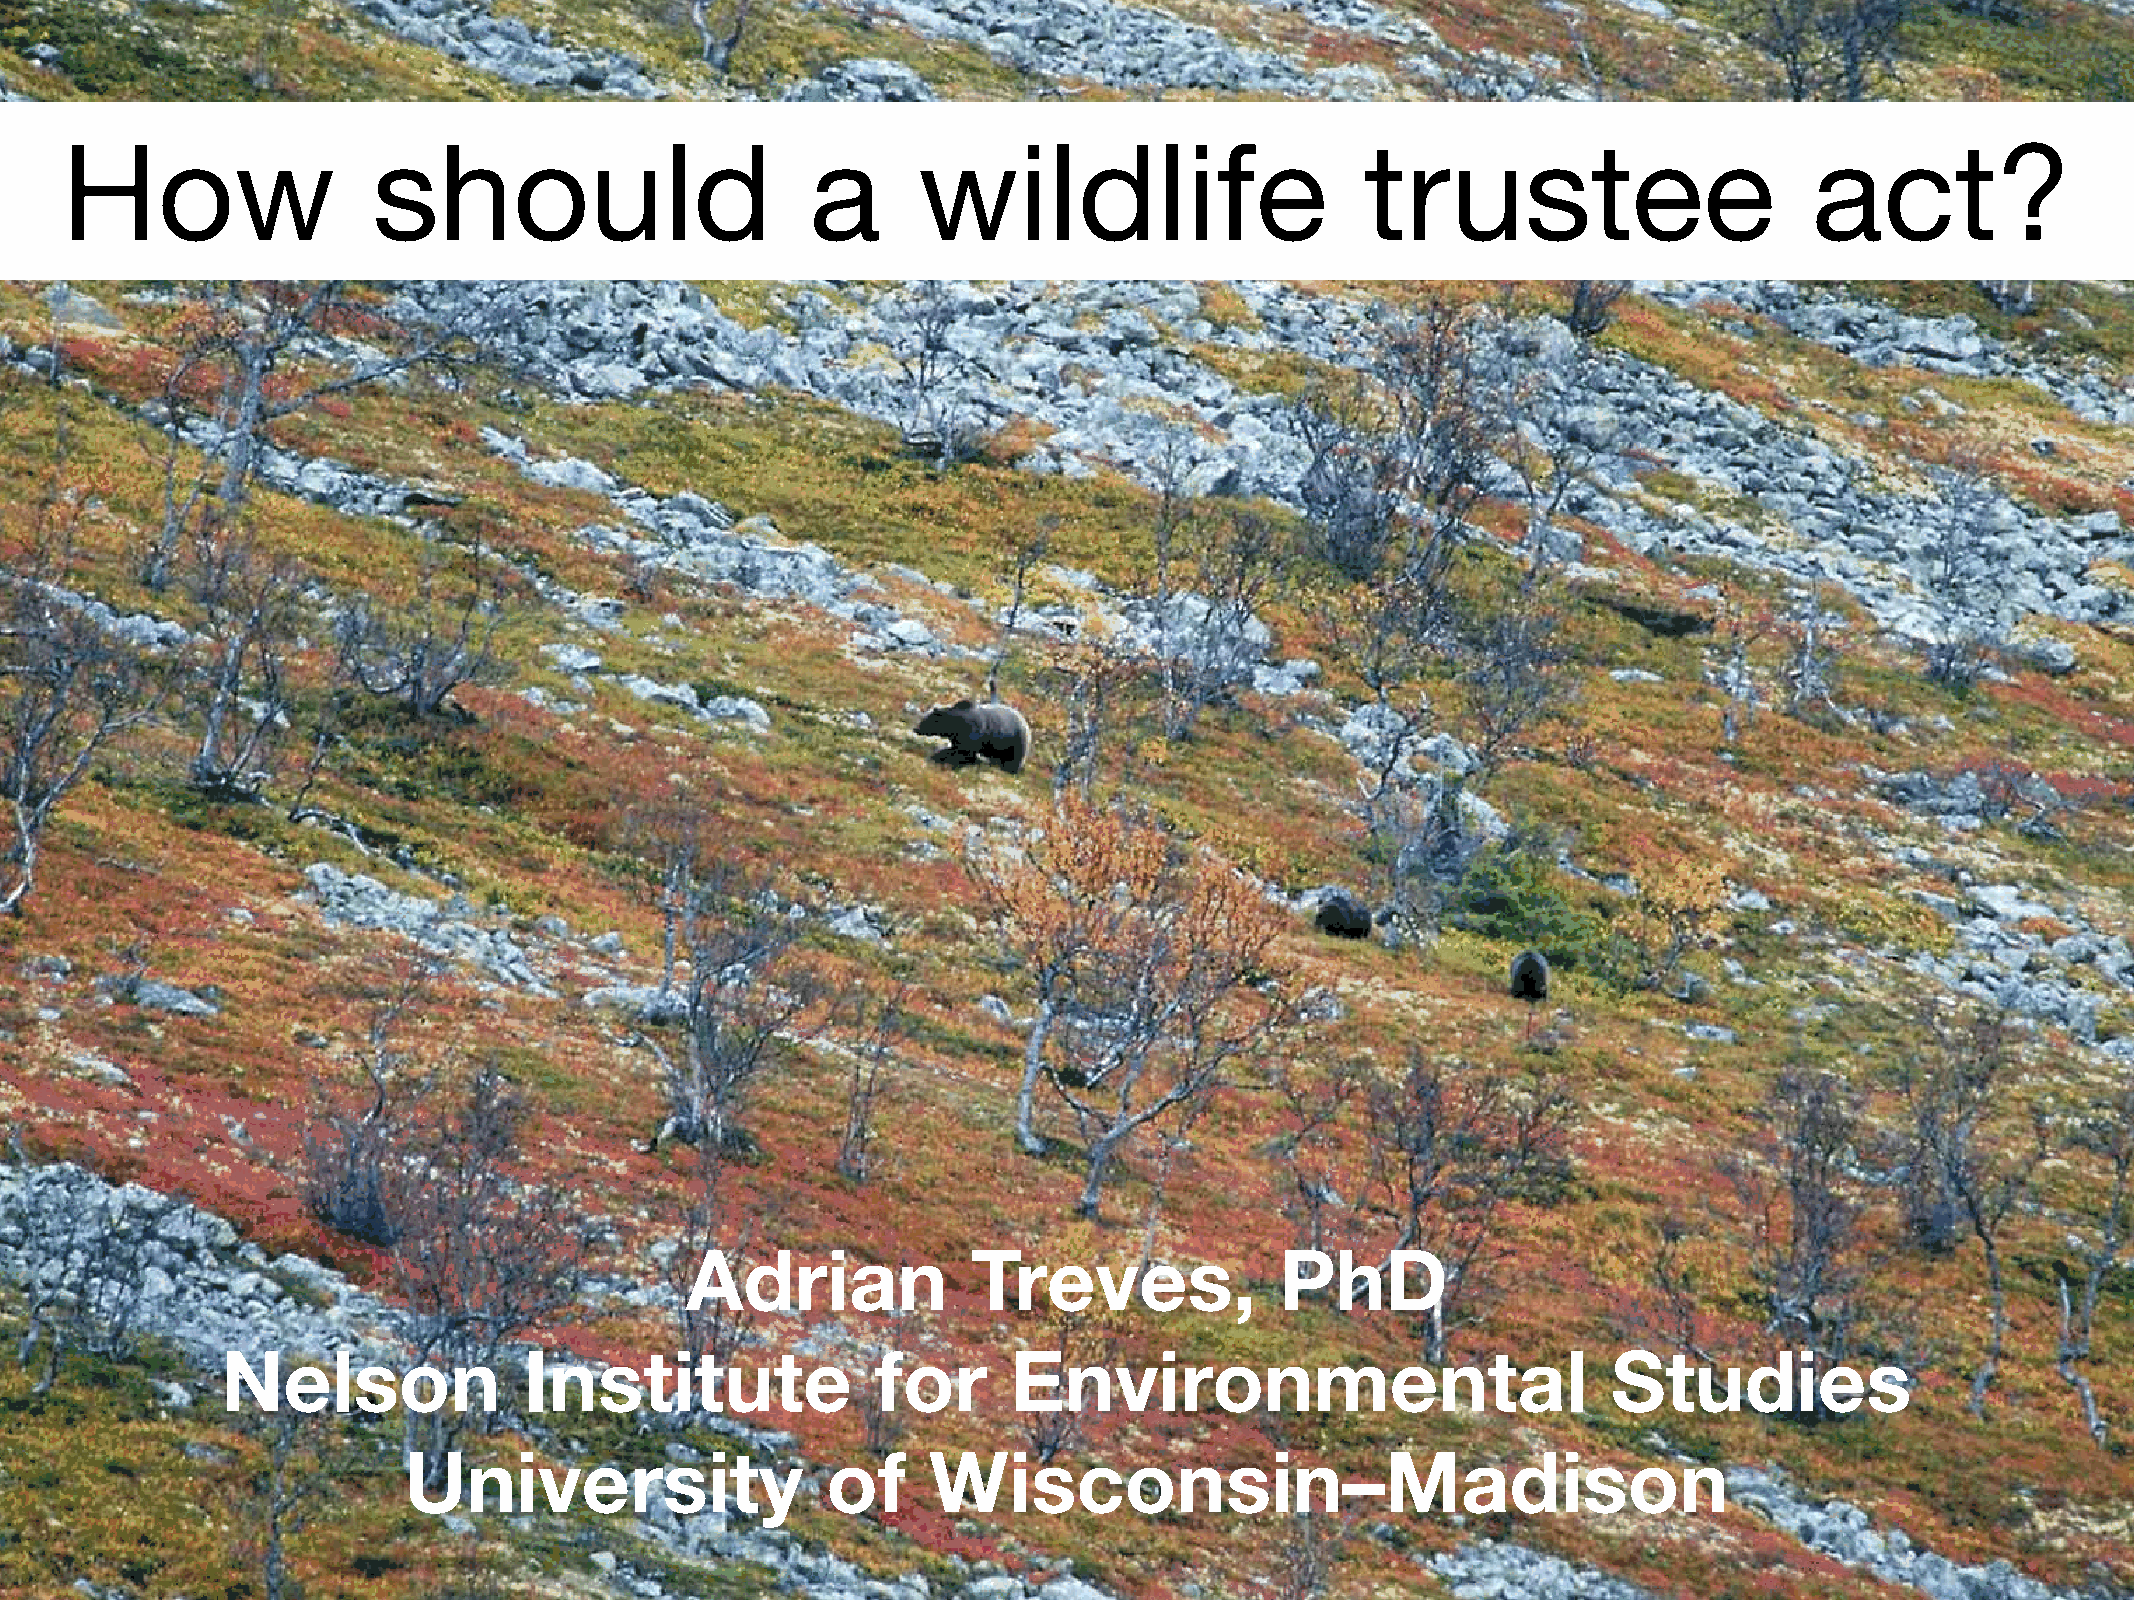
How                  should                       a      wildlife                     trustee                       act?
 Adrian             Treves,              PhD
 Nelson              Institute              for      Environmental                           Studies
 University                  of    Wisconsin–Madison